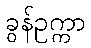
ခွန်ဥက္ကာ